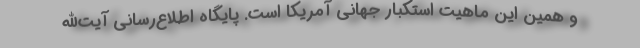
و همین این ماهیت استکبار جهانی آمریکا است. پایگاه اطلاع‌رسانی آیت‌الله